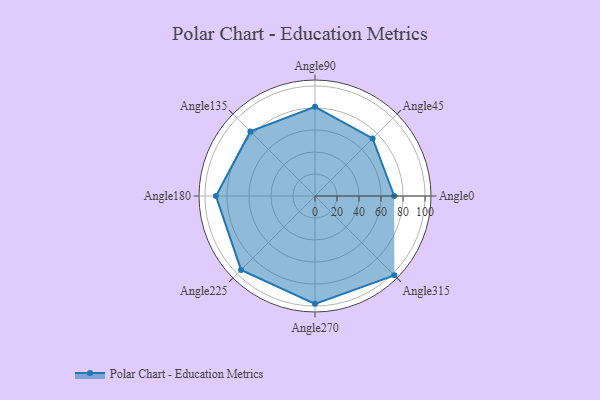
{"axis": {"x": "Angle", "y": "Radius"}, "legend": [""], "data": [{"x": "Angle0", "y": 72.0, "type": ""}, {"x": "Angle45", "y": 74.0, "type": ""}, {"x": "Angle90", "y": 81.0, "type": ""}, {"x": "Angle135", "y": 83.0, "type": ""}, {"x": "Angle180", "y": 90.0, "type": ""}, {"x": "Angle225", "y": 95.0, "type": ""}, {"x": "Angle270", "y": 98.0, "type": ""}, {"x": "Angle315", "y": 102.0, "type": ""}]}